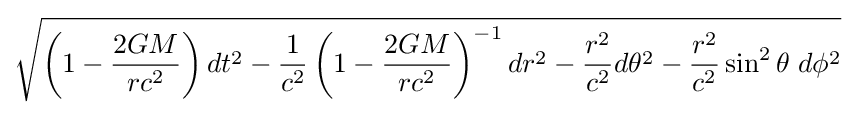
{\sqrt {\left(1-{\frac {2GM}{rc^{2}}}\right)dt^{2}-{\frac {1}{c^{2}}}\left(1-{\frac {2GM}{rc^{2}}}\right)^{-1}dr^{2}-{\frac {r^{2}}{c^{2}}}d\theta ^{2}-{\frac {r^{2}}{c^{2}}}\sin ^{2}\theta \;d\phi ^{2}}}